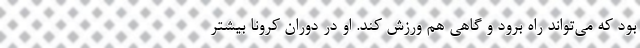
بود که می‌تواند راه برود و گاهی هم ورزش کند. او در دوران کرونا بیشتر